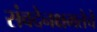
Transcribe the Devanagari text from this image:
संवदेनक्षमतेचे